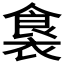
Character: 𮖛